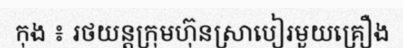
កុង ៖ រថយន្តក្រុមហ៊ុនស្រាបៀរមួយគ្រឿង